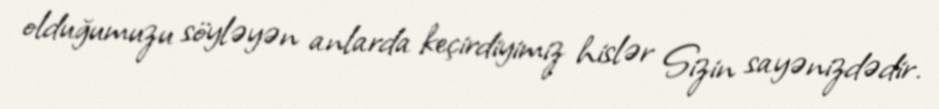
olduğumuzu söyləyən anlarda keçirdiyimiz hislər Sizin sayənizdədir.